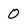
Character: 0